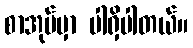
စာအုပ်မှာ ပါရှိပါတယ်။